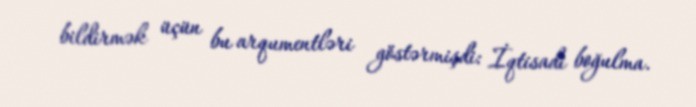
bildirmək üçün bu arqumentləri göstərmişdi: İqtisadi boğulma.